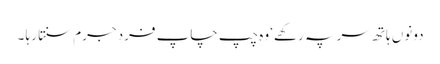
دونوں ہاتھ سر پہ رکھے‘ وہ چپ چاپ فرد جرم سنتا رہا ۔